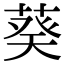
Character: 葵